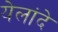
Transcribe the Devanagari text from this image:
येलांदे